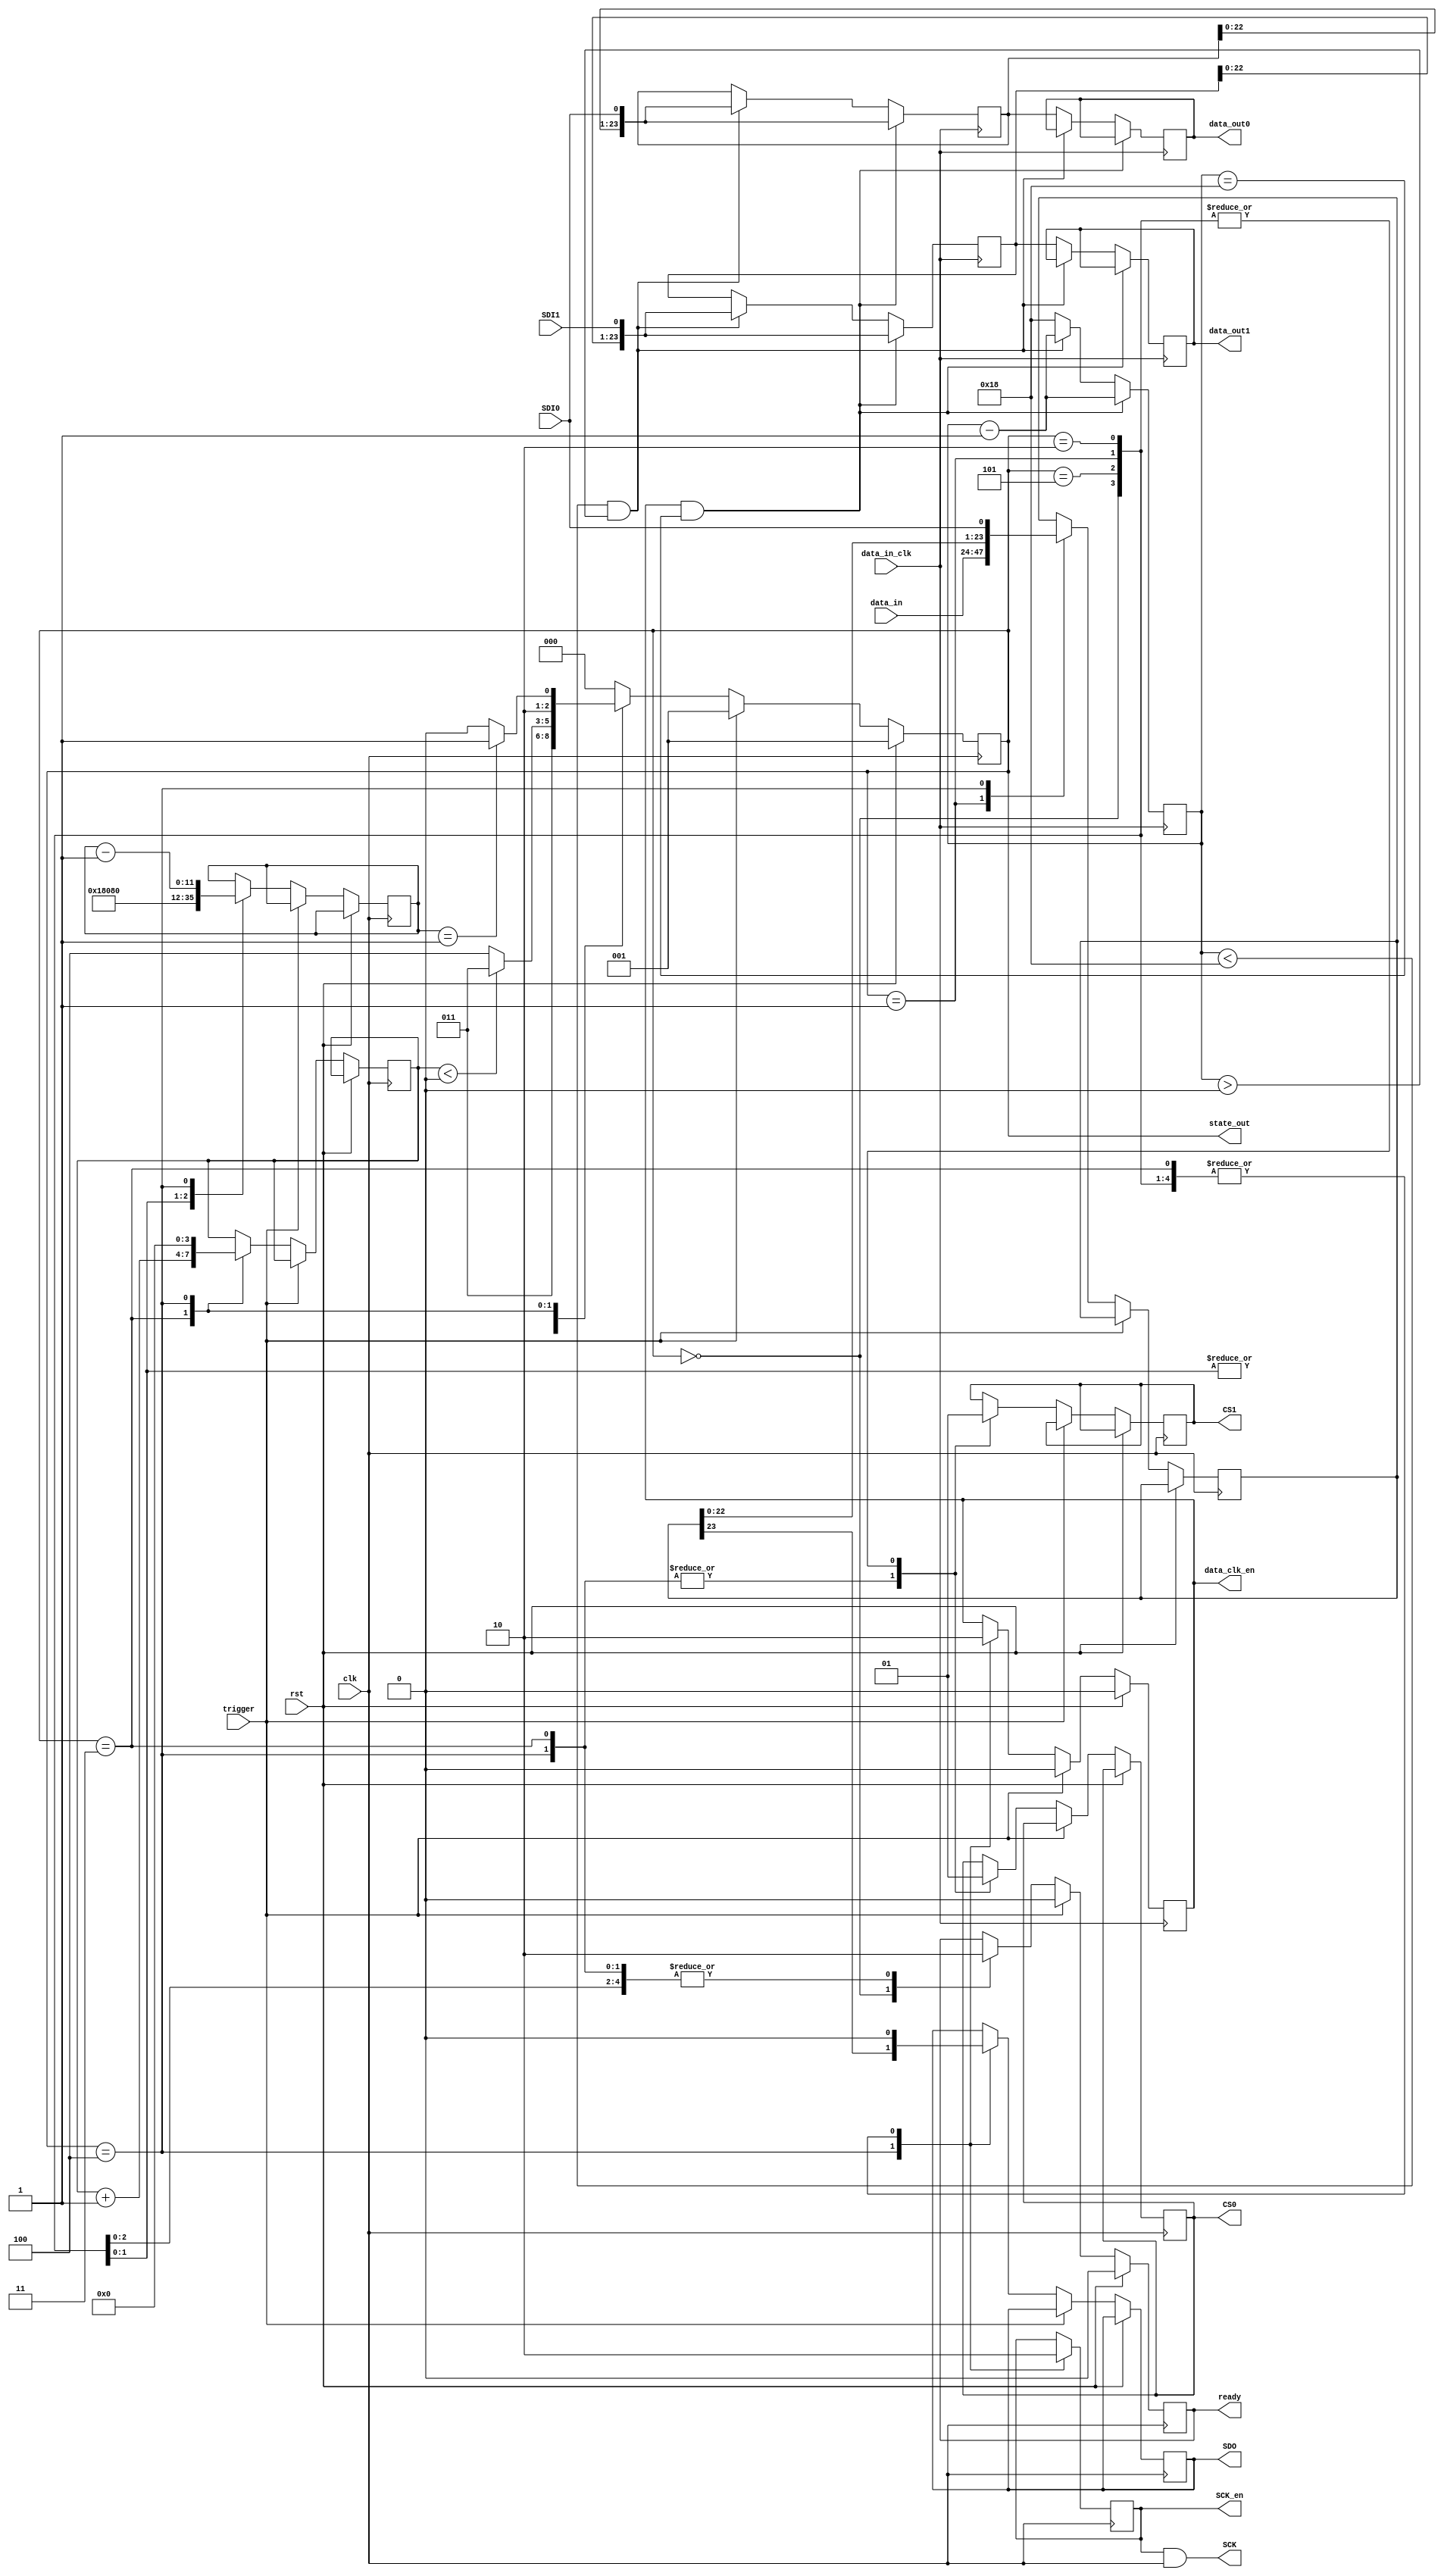
`timescale 1ns / 1ps // <simulation time step> / <simulation time step precision>
//////////////////////////////////////////////////////////////////////////////////
// Module to read 2 LTC2335-16 ADC's over their SPI.
//
// Adapted from NIST Digital Servo SPI.v.
//
// Daniel Schussheim
//////////////////////////////////////////////////////////////////////////////////

module SPI_LTC2335_16_seq_x2#(parameter N_R = 128, N_B = 24, N_wait = 1)(
// N_R = # bits of reset output, currently unused
// N_B = # bits to capture from ADC, 
// N_wait = # clk cycles to wait after CS goes low before reading data
    input  wire clk,      // Clock to run state machine
                data_in_clk, // Delayed clock to capture input data from ADC
	            rst,      // Triggers state machine to reprogram sequencer on ADC
	            trigger,  // Trigger state machine to capture data
	input  wire	[N_B-1:0] data_in,  // Data to send to ADC each read cycle
	output wire	[N_B-1:0] data_out0,
	                      data_out1, // Data captured from ADC
	output reg  ready,       // high when data transfer complete
	            SCK_en,      // Enables ODDR buffer for output clock to ADC
	output wire data_clk_en, // Delayed SCK_en to capture input data from ADC
	output reg  CS0,
	            CS1,         // Chip select, active low
	output wire SCK,         // Debug signal to check if the output clock is enabled at the correct time.
	output reg  SDO,         // Output to chip
	input  wire SDI0, 
	            SDI1,         // Input from chip
    output wire [2:0] state_out
);
// SCK should be constant, HIGH or LOW, when CS is HIGH.
assign SCK = SCK_en & clk;

// State machine definitions
localparam IDLE = 3'h0;
localparam TRIG	= 3'h1;
localparam RST  = 3'h2;
localparam SPI1	= 3'h3;
localparam SPI2	= 3'h4;
localparam SPI3 = 3'h5;

// State machine - combinatorial part
function [2:0] next_state;
    input [2:0]  state;
    input [11:0] counter;
    input [3:0]  CS_counter;

    begin
        case (state)
            IDLE: 
                next_state = IDLE;
            TRIG:
                next_state = SPI1;
            RST :
                next_state = SPI1;
            SPI1:
                if ( CS_counter < (N_wait-4'd1) )
                    next_state = SPI1;
                else
                    next_state = SPI2;
            SPI2:
                if (counter == 12'b1)
                    next_state = SPI3;
                else
                    next_state = SPI2;            
            SPI3:   
                next_state = IDLE;
            default:
                    next_state = IDLE;
        endcase
        
    end
endfunction
// End State
reg [2:0]  state_f;
reg [11:0] counter_f;
reg [3:0] cnt_CS_wait = 4'd1;
reg [N_B-1:0] data_0, data_1;

// Enable output clock
always @(posedge clk) begin
    case (state_f)
        // IDLE, do nothing until trigger or reset
        IDLE: SCK_en <= 1'b0;
        // TRIG, begin new transfer
        TRIG: SCK_en <= 1'b0;
        // RST, reprogram sequencer
        RST:  SCK_en <= 1'b0;
        SPI1: SCK_en <= 1'b0;
        SPI2: SCK_en <= 1'b1;
        SPI3: SCK_en <= 1'b0;
    endcase
end

localparam [2:0] SS = 3'b111;
// Clock out data and CS
always @(posedge clk) begin // To adjust the phase of the ADC clock, use data_out_clk instead of clk. 
	if (rst) begin
//        state_f   <= RST; // Uncomment this line and comment out the line below if the channel sequencer is programmed after a reset
        state_f   <= TRIG;
        ready <= 1'b0;
    end
    // Trigger begins new transfer
    else if (trigger) begin
        state_f   <= TRIG;
        ready <= 1'b0;
    end
    else begin
    state_f <= next_state(state_f, counter_f, cnt_CS_wait);
        // Transfer data after a trigger, or stay in idle state
        case (state_f)
            // IDLE, do nothing until trigger or reset
            IDLE: begin
                ready <= 1'b1;
                CS0   <= 1'b1;
                CS1   <= 1'b1;
                SDO   <= 1'b0;
            end
            // TRIG, begin new transfer
            TRIG: begin
                ready     <= 1'b0;
                counter_f <= N_B;
                CS0       <= 1'b1;
                CS1       <= 1'b1;
                SDO       <= 1'b0;
                data_0    <= data_in;
            end
            // RST, program sequencer
            RST: begin
                ready     <= 1'b0;
                counter_f <= N_R;
                CS0       <= 1'b1;
                CS1       <= 1'b1;
                SDO       <= 1'b0;
            end
            SPI1: begin
                ready       <= 1'b0;
                CS0         <= 1'b0;
                CS1         <= 1'b0;
                SDO         <= 1'b0;
                cnt_CS_wait <= cnt_CS_wait + 4'd1;
            end
            SPI2: begin
                ready       <= 1'b0;
                CS0         <= 1'b0;
                CS1         <= 1'b0;
                // SDO         <= 0; // Uncomment this line and comment out the line below if the channel sequencer is programmed after a reset. SDO is only used to program the sequencer after a reset.
                SDO         <= data_0[N_B-1];
                data_0      <= {data_0[N_B-2:0], SDI0};
                counter_f   <= counter_f - 12'b1;
                cnt_CS_wait <= 4'd0;
            end
            SPI3: begin
                ready <= 1'b0;
                CS0   <= 1'b1;
                CS1   <= 1'b1;
                SDO   <= 1'b0;
            end
        endcase
    end
end


// The conversion data output from the ADC is delayed relative to the ADC's input clock, clk.
// The ADC data capture below is synchronous with data_in_clk, which has an adjustable phase relative to clk.
// To read the data the synchronized data read enables data_clk_en1 and data_clk_en2 are HIGH for 24 data_in_clk cycles. 
// data_clk_en2 is delayed by one data_in_clk cycle relative to data_clk_en1 and the appropriate one is selected for timing closure.
reg data_clk_en1, data_clk_en2;
always @(posedge data_in_clk) begin
    if      (rst)     data_clk_en1 <= 1'b0;
    else if (trigger) data_clk_en1 <= 1'b0;
    else begin
        case (state_f)
            IDLE: data_clk_en1 <= 1'b0;
            TRIG: data_clk_en1 <= 1'b0;
            RST : data_clk_en1 <= 1'b0;
            SPI1: data_clk_en1 <= 1'b0;
            SPI2: data_clk_en1 <= 1'b1;
            SPI3: data_clk_en1 <= 1'b0;
        endcase
    end
    data_clk_en2 <= data_clk_en1; // Delay data_clk_en2 by 1 cycle.
end
assign data_clk_en = data_clk_en1; // Select data_clk_en1, comment to select data_clk_en2
// assign data_clk_en = data_clk_en2; // Uncomment to select data_clk_en2 

reg [23:0] data_out_r0, data_out_r1, data_out_f0, data_out_f1;
localparam [4:0] bitcount_max = 5'd24;
reg [4:0] bitcount = bitcount_max;
reg data_rec_bit;
always @(posedge data_in_clk) begin
    if (data_clk_en && (bitcount == bitcount_max) ) begin
        data_out_r0 <= {data_out_r0[22:0], SDI0};
        data_out_r1 <= {data_out_r1[22:0], SDI1};
        bitcount <= bitcount - 5'd1;
        data_rec_bit <= 1'b0;
    end
    else if ( (bitcount < bitcount_max) && (bitcount > 5'd0) ) begin
        data_out_r0 <= {data_out_r0[22:0], SDI0};
        data_out_r1 <= {data_out_r1[22:0], SDI1};
        bitcount <= bitcount - 5'd1;
        data_rec_bit <= 1'b0;
    end
    else begin
        data_out_f0 <= data_out_r0;
        data_out_f1 <= data_out_r1;
        bitcount <= bitcount_max;
        data_rec_bit <= 1'b1;
    end
end

assign data_out0 = data_out_f0;
assign data_out1 = data_out_f1;

assign state_out = state_f;

endmodule